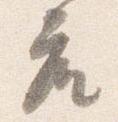
座